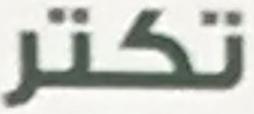
تكتر